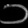
Digit: ၁